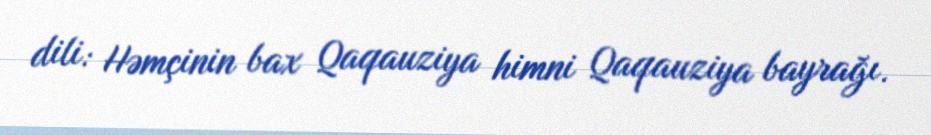
dili: Həmçinin bax Qaqauziya himni Qaqauziya bayrağı.